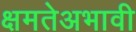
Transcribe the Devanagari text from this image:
क्षमतेअभावी